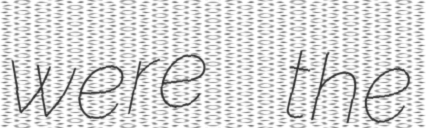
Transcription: were the